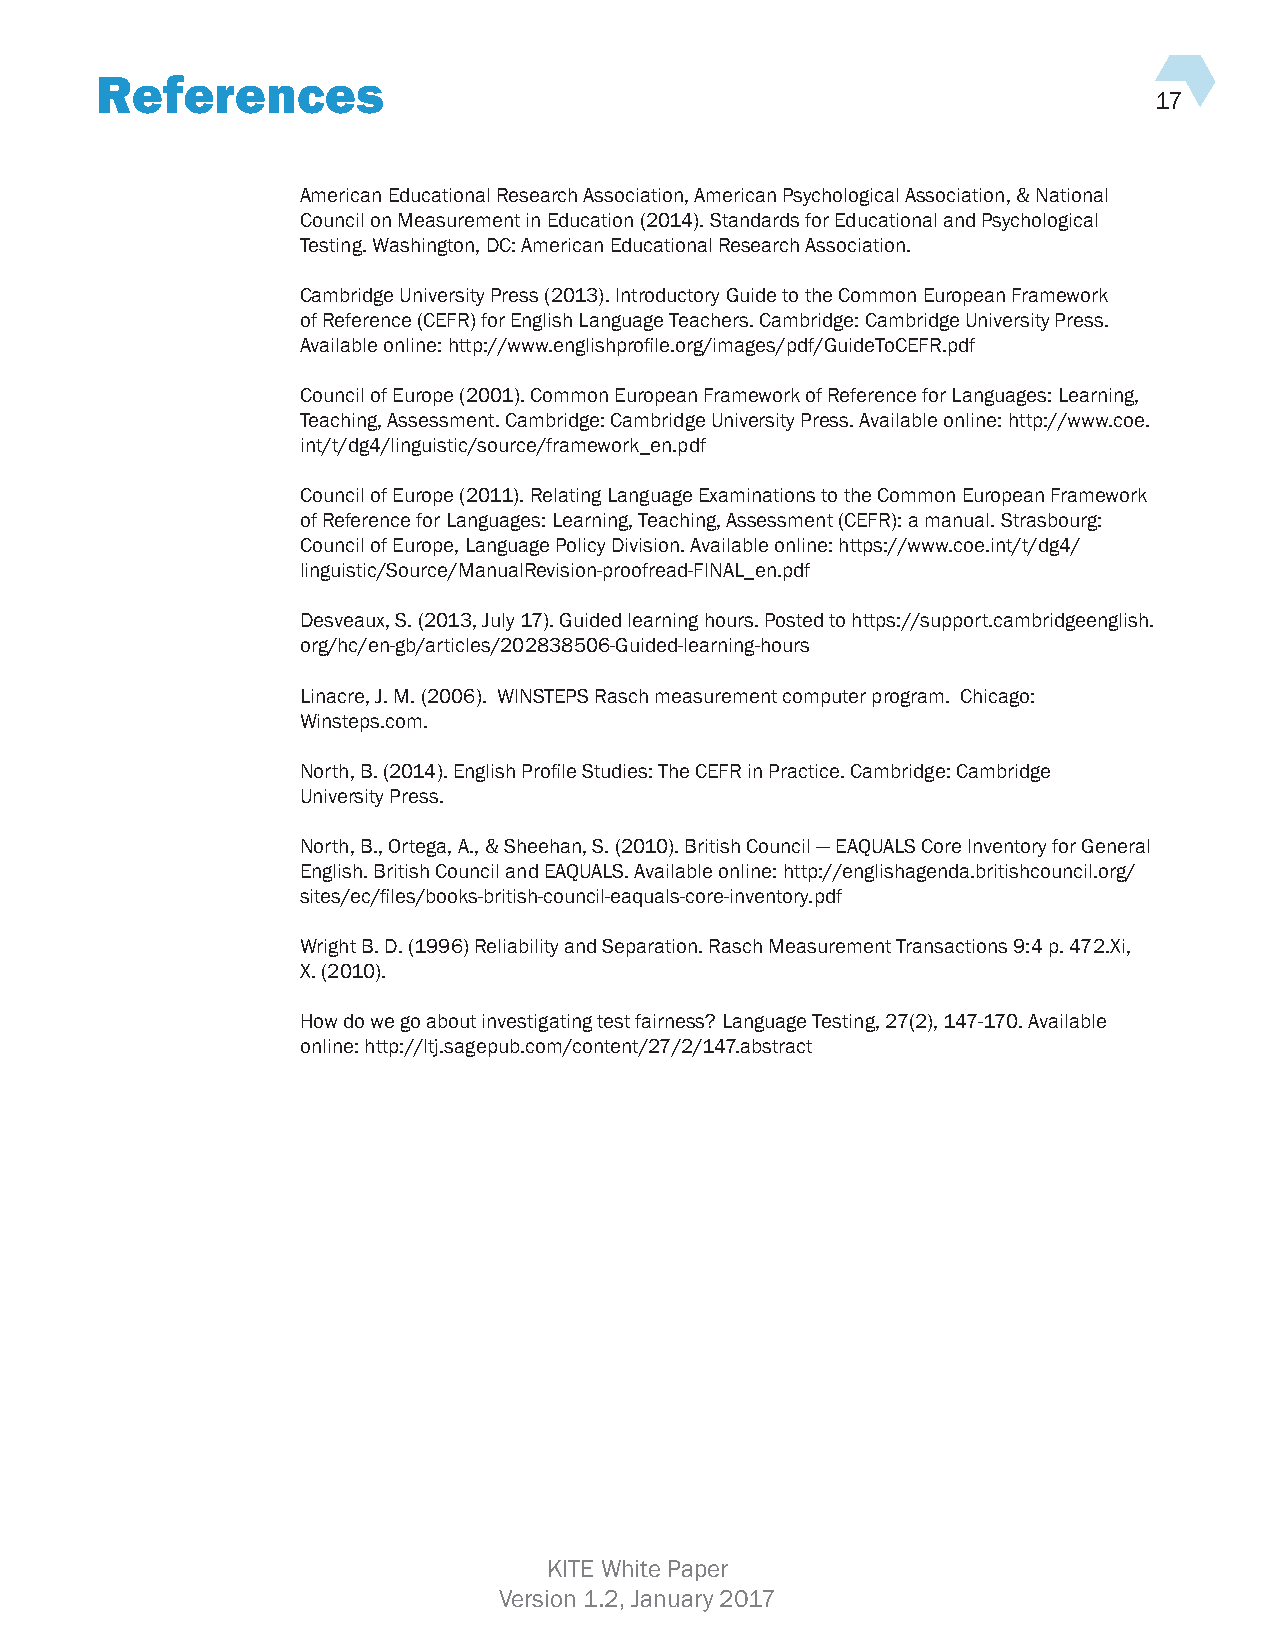
References
 17
 American Educational Research Association, American Psychological Association, & National
 Council on Measurement in Education (2014). Standards for Educational and Psychological
 Testing. Washington, DC: American Educational Research Association.
 Cambridge University Press (2013). Introductory Guide to the Common European Framework
 of Reference (CEFR) for English Language Teachers. Cambridge: Cambridge University Press.
 Available online: http://www.englishprofile.org/images/pdf/GuideToCEFR.pdf
 Council of Europe (2001). Common European Framework of Reference for Languages: Learning,
 Teaching, Assessment. Cambridge: Cambridge University Press. Available online: http://www.coe.
 int/t/dg4/linguistic/source/framework_en.pdf
 Council of Europe (2011). Relating Language Examinations to the Common European Framework
 of Reference for Languages: Learning, Teaching, Assessment (CEFR): a manual. Strasbourg:
 Council of Europe, Language Policy Division. Available online: https://www.coe.int/t/dg4/
 linguistic/Source/ManualRevision-proofread-FINAL_en.pdf
 Desveaux, S. (2013, July 17). Guided learning hours. Posted to https://support.cambridgeenglish.
 org/hc/en-gb/articles/202838506-Guided-learning-hours
 Linacre, J. M. (2006). WINSTEPS Rasch measurement computer program. Chicago:
 Winsteps.com.
 North, B. (2014). English Profile Studies: The CEFR in Practice. Cambridge: Cambridge
 University Press.
 North, B., Ortega, A., & Sheehan, S. (2010). British Council — EAQUALS Core Inventory for General
 English. British Council and EAQUALS. Available online: http://englishagenda.britishcouncil.org/
 sites/ec/files/books-british-council-eaquals-core-inventory.pdf
 Wright B. D. (1996) Reliability and Separation. Rasch Measurement Transactions 9:4 p. 472.Xi,
 X. (2010).
 How do we go about investigating test fairness? Language Testing, 27(2), 147-170. Available
 online: http://ltj.sagepub.com/content/27/2/147.abstract
 KITE White Paper
 Version 1.2, January 2017